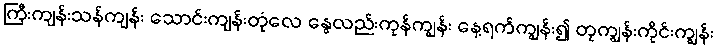
ကြီးကျန်းသန်ကျန်း သောင်းကျန်းတုံလေ နွေလည်းကုန်ကျွန်း နေ့ရက်ကျွန်း၍ တုကျွန်းကိုင်းကျွန်း